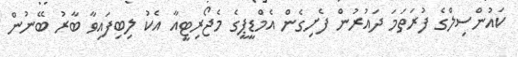
ކައުންސިލްގެ ފުރަތަމަ ދައުރުން ފެށިގެން އެމްޑީޕީގެ މެޖޯރިޓީއާ އެކު ލިބިފައިވާ ބާރު ބޭނުން